Civil Veterinary Department. Madras. Admin. report 1910-25 - 1910-1925
Year: 1910
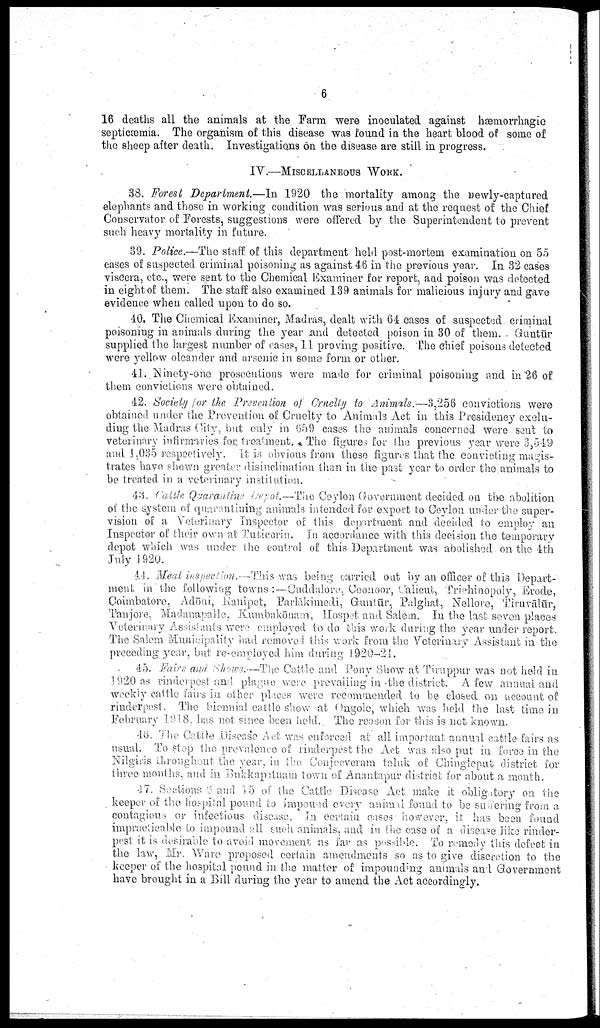
6
16 deaths all the animals at the Farm were inoculated against hæmorrhagic
septicæmia. The organism of this disease was found in the heart blood of some of
the sheep after death. Investigations on the disease are still in progress.
IV.—MISCELLANEOUS WORK.
33. Forest Department.—In 1920 the mortality among the newly-captared
elephants and those in working condition was serious and at the request of the Chief
Conservator of Forests, suggestions were offered by the Superintendent to prevent
such heavy mortality in future.
39. Police.—The staff of this department held post-mortem examination on 55
cases of suspected criminal poisoning as against 46 in the previous year. In 32 cases
viscera, etc., were sent to the Chemical Examiner for report, and poison was detected
in eight of them. The staff also examined 139 animals for malicious injury and gave
evidence when called upon to do so.
40. The Chemical Examiner, Madras, dealt with 64: cases of suspected criminal
poisoning in animals during the year and detected poison in 30 of them. Guntūr
supplied the largest number of oases, 11 proving positive. The chief poisons detected
were yellow oleander and arsenic in some form or other.
41. Ninety-one prosecutions were made for criminal poisoning and in 26 of
them convictions were obtained.
42. Society for the Prevention of Cruelty to Animals.—3,256 convictions were
obtained under the Prevention of Cruelty to Animals Act in this Presidency exclu
ding the Madras City, but only in 659 cases the animals concerned wore sent to
veterinary infirmaries for treatment. The figures for the previous year were 3,549
and 1,035 respectively. It is obvious from these figures that the convicting magis
trates have shown greater disinclination than in the past year to order the animals to
be treated in a veterinary institution.
43. Cattle Quaranine Depot.—The Ceylon Government decided on the abolition
of the system of quarantining animals intended for export to Ceylon under the super
vision of a Veterinary Inspector of this department and decided to employ an
Inspector of their own at Tuticorin. In accordance with this decision the temporary
depot which was under the control of this Department was abolished on the 1th
July 1920.
44. Meal inspection.—This was being carried out by an officer of this Depart
ment in the following towns:—Cuddalore,Coonoor, Calicut, Trichinopoly, Erode,
Coimbatore, Adōni, Kampet, Parlākimedi, Guntūr, Palghat, Nellore, Tiruvālūr,
Tanjore, Madanapalle, Kumbakōnam, Hospet and Salem. In the last seven places
Veterinary Assistants were employed to do this work during the year under report.
The Salem Municipality had removed this work from the Veterinary Assistant in the
preceding year, but re-employed him during 1920-21.
45. Fairs and Shows.—The Cattle and Pony Show at Tiruppur was not held in
1920 as rinderpest and plague were prevailing in the district. A few annual and
weekly cattle fairs in other places were recommended to be closed on account of
rinderpest. The biennial cattle show at Ongole, which was held the last time in
February 1918, has not since been held. The reason for this is net known.
46. The Cattle Disease Act was enforced at all important annual cattle fairs as
usual. To stop the prevalence of rinderpest the Act was also put in force in the
Nilgiris throughout the year, in the Conjeeveram taluk of Chingleput district for
three months, and in Bukkapatnam town of Anantapur district for about a month.
47. Sections 6 and 15 of the Cattle Disease Act make it obligatory on the
keeper of the hospital pound to impound every animal found to be suffering from a
contagious or infectious disease. In certain cases however, it has been found
impracticable to impound all such animals, and in the case of a disease like rinder
pest it is desirable to avoid movement as far as possible. To remedy this defect in
the law, Mr. Ware proposed certain amendments so as to give discretion to the
keeper of the hospital pound in the matter of impounding animals and Government
have brought in a Bill during the year to amend the Act accordingly.